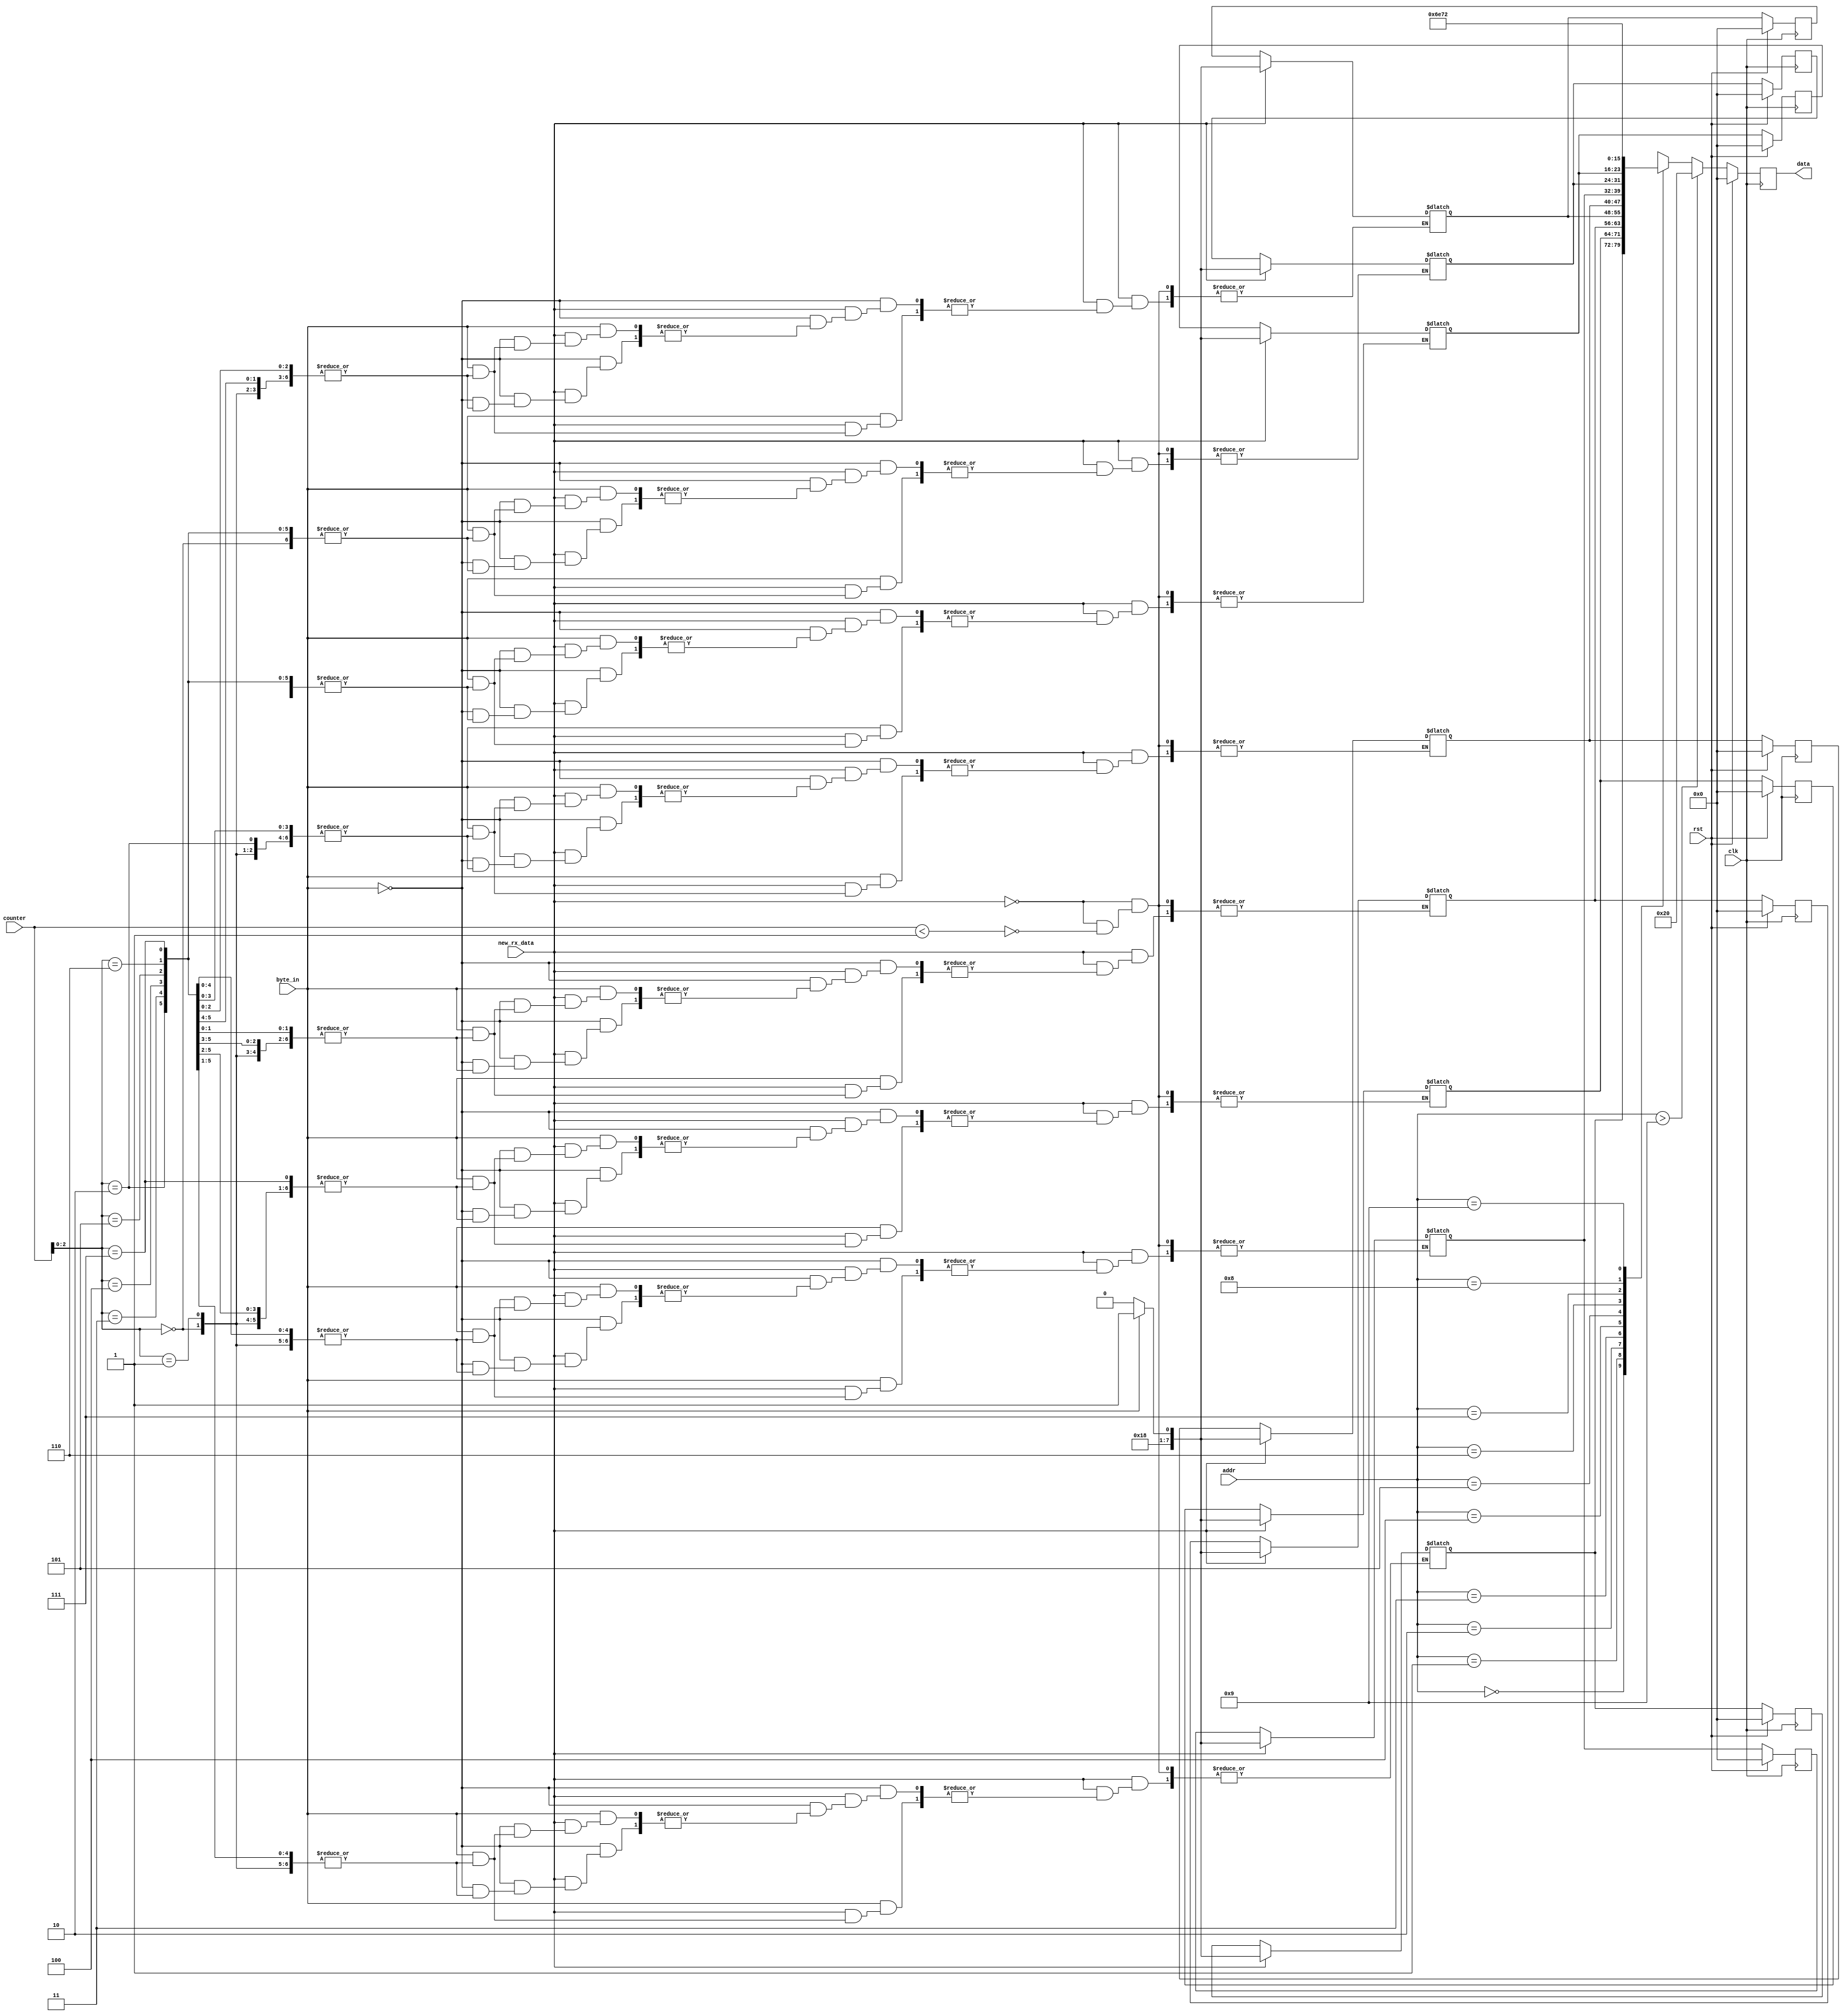
//version 2016-07-15
module message_ram (
    input clk,
    //keyboard input fram message_printer module
    input byte_in,
    input [3:0] addr,
    output [7:0] data,
    input [3:0] counter,
	 input new_rx_data,
	 input rst
  );
 // wire [7:0] ram_data_q [9:0];
 //registers to store input
  reg [7:0] ram_data_d [0:7];
  reg [7:0] ram_data_q [0:7];
 //assign value of registers to wire
  wire [7:0] ram_wire [0:9];
  //internal counter for keeping bytes
  reg [1:0] ctr_d, ctr_q;
  //this is the register used to store the current element to be output via "data" to message_printer
  reg [9:0] data_d, data_q;

  //THIS BLOCK KEEPS ADDING ALL SIGNALS TO SENSITIVITY LIST BUT I DON'T WANT THEM ALL IN SENSITIVITY LIST
  //when you get a keyboard value, increment a counter and assign those 8 byte (fram byte_in) to a register
    always @(*) begin
	 
    //if (addr > 1) begin
	 if (new_rx_data) begin
	 
	 if (byte_in == 1)
    ram_data_d[counter] = "1";
	 
    else if (byte_in == 0)
    ram_data_d[counter] = "0";
	 
    else
    ram_data_d[counter] = ram_data_q[counter];
    end

	 //define default values
	 
	 else if (counter < 4'b0001) begin
	 ram_data_d[0] = ram_data_q[0];
	 ram_data_d[1] = ram_data_q[1];
	 ram_data_d[2] = ram_data_q[2];
	 ram_data_d[3] = ram_data_q[3];
	 ram_data_d[4] = ram_data_q[4];
	 ram_data_d[5] = ram_data_q[5];
	 ram_data_d[6] = ram_data_q[6];
	 ram_data_d[7] = ram_data_q[7];
	 end
	 
	 /*else
	ram_data_d[counter] = ram_data_q[counter];
	 */
	 end
	 
	 
/*

    if (ctr_d == ctr_q) begin
    //Default values just to prevent latches
    ram_data_d[2] = ram_data_q[2];
    ram_data_d[1] = ram_data_q[1];
    ram_data_d[0] = ram_data_q[0];
    //this is where you store keyboard input
    ram_data_d[ctr_q] = byte_in[8 * ctr_q + 7-:8];
    ctr_d = ctr_q + 2'd1;
    end


    else if(ctr_d == 2'd3) begin
    ctr_d = 2'd0;
    ram_data_d[2] = ram_data_q[2];
    ram_data_d[1] = ram_data_q[1];
    ram_data_d[0] = ram_data_q[0];
    end

    else begin
    ctr_d = ctr_q;
    ram_data_d[2] = ram_data_q[2];
    ram_data_d[1] = ram_data_q[1];
    ram_data_d[0] = ram_data_q[0];
    //if the counter is full, reset it.  Otherwise, increment after each byte has been stored (3 keyboard bytes/inputs in the current design)
    //ctr_d = (ctr_d == 2'd3) ? 0 : ctr_q + 2'd1;
   end*/




 //THIS IS WHERE THE BYTES GET REVERSED
 //continuously assign a value to the ram_wire.  When the full 3 bytes have been stored, message_printer shoudl signal this module to output them in reverse order
 assign ram_wire[0] = ram_data_d[7];
 assign ram_wire[1] = ram_data_d[6];
 assign ram_wire[2] = ram_data_d[5];
 assign ram_wire[3] = ram_data_d[4];
 assign ram_wire[4] = ram_data_d[3];
 assign ram_wire[5] = ram_data_d[2];
 assign ram_wire[6] = ram_data_d[1];
 assign ram_wire[7] = ram_data_d[0];
 assign ram_wire[8] = "\n";
 assign ram_wire[9] = "\r";

 //this is the element selector variable that the module needs to know which ram_wire element to output.
 assign data = data_q;

  always @(*) begin
    if (addr > 4'd9)
      data_d = " ";
    else
      data_d = ram_wire[addr];
  end

  always @(posedge clk) begin
	 if (rst) begin
	 ram_data_q[7] <= 8'd0;
    ram_data_q[6] <= 8'd0;
    ram_data_q[5] <= 8'd0;
    ram_data_q[4] <= 8'd0;
    ram_data_q[3] <= 8'd0;
    ram_data_q[2] <= 8'd0;
    ram_data_q[1] <= 8'd0;
    ram_data_q[0] <= 8'd0;
	 data_q <= 8'd0;
	 ctr_q <= 4'b0000;
	 end
	 
	 else begin
    //can't assign a packed type to unpacked type so individual registers/elements must be selected for ram_data
    ram_data_q[7] <= ram_data_d[7];
    ram_data_q[6] <= ram_data_d[6];
    ram_data_q[5] <= ram_data_d[5];
    ram_data_q[4] <= ram_data_d[4];
    ram_data_q[3] <= ram_data_d[3];
    ram_data_q[2] <= ram_data_d[2];
    ram_data_q[1] <= ram_data_d[1];
    ram_data_q[0] <= ram_data_d[0];
    data_q <= data_d;
    ctr_q <= ctr_d;
	 end
  end

endmodule